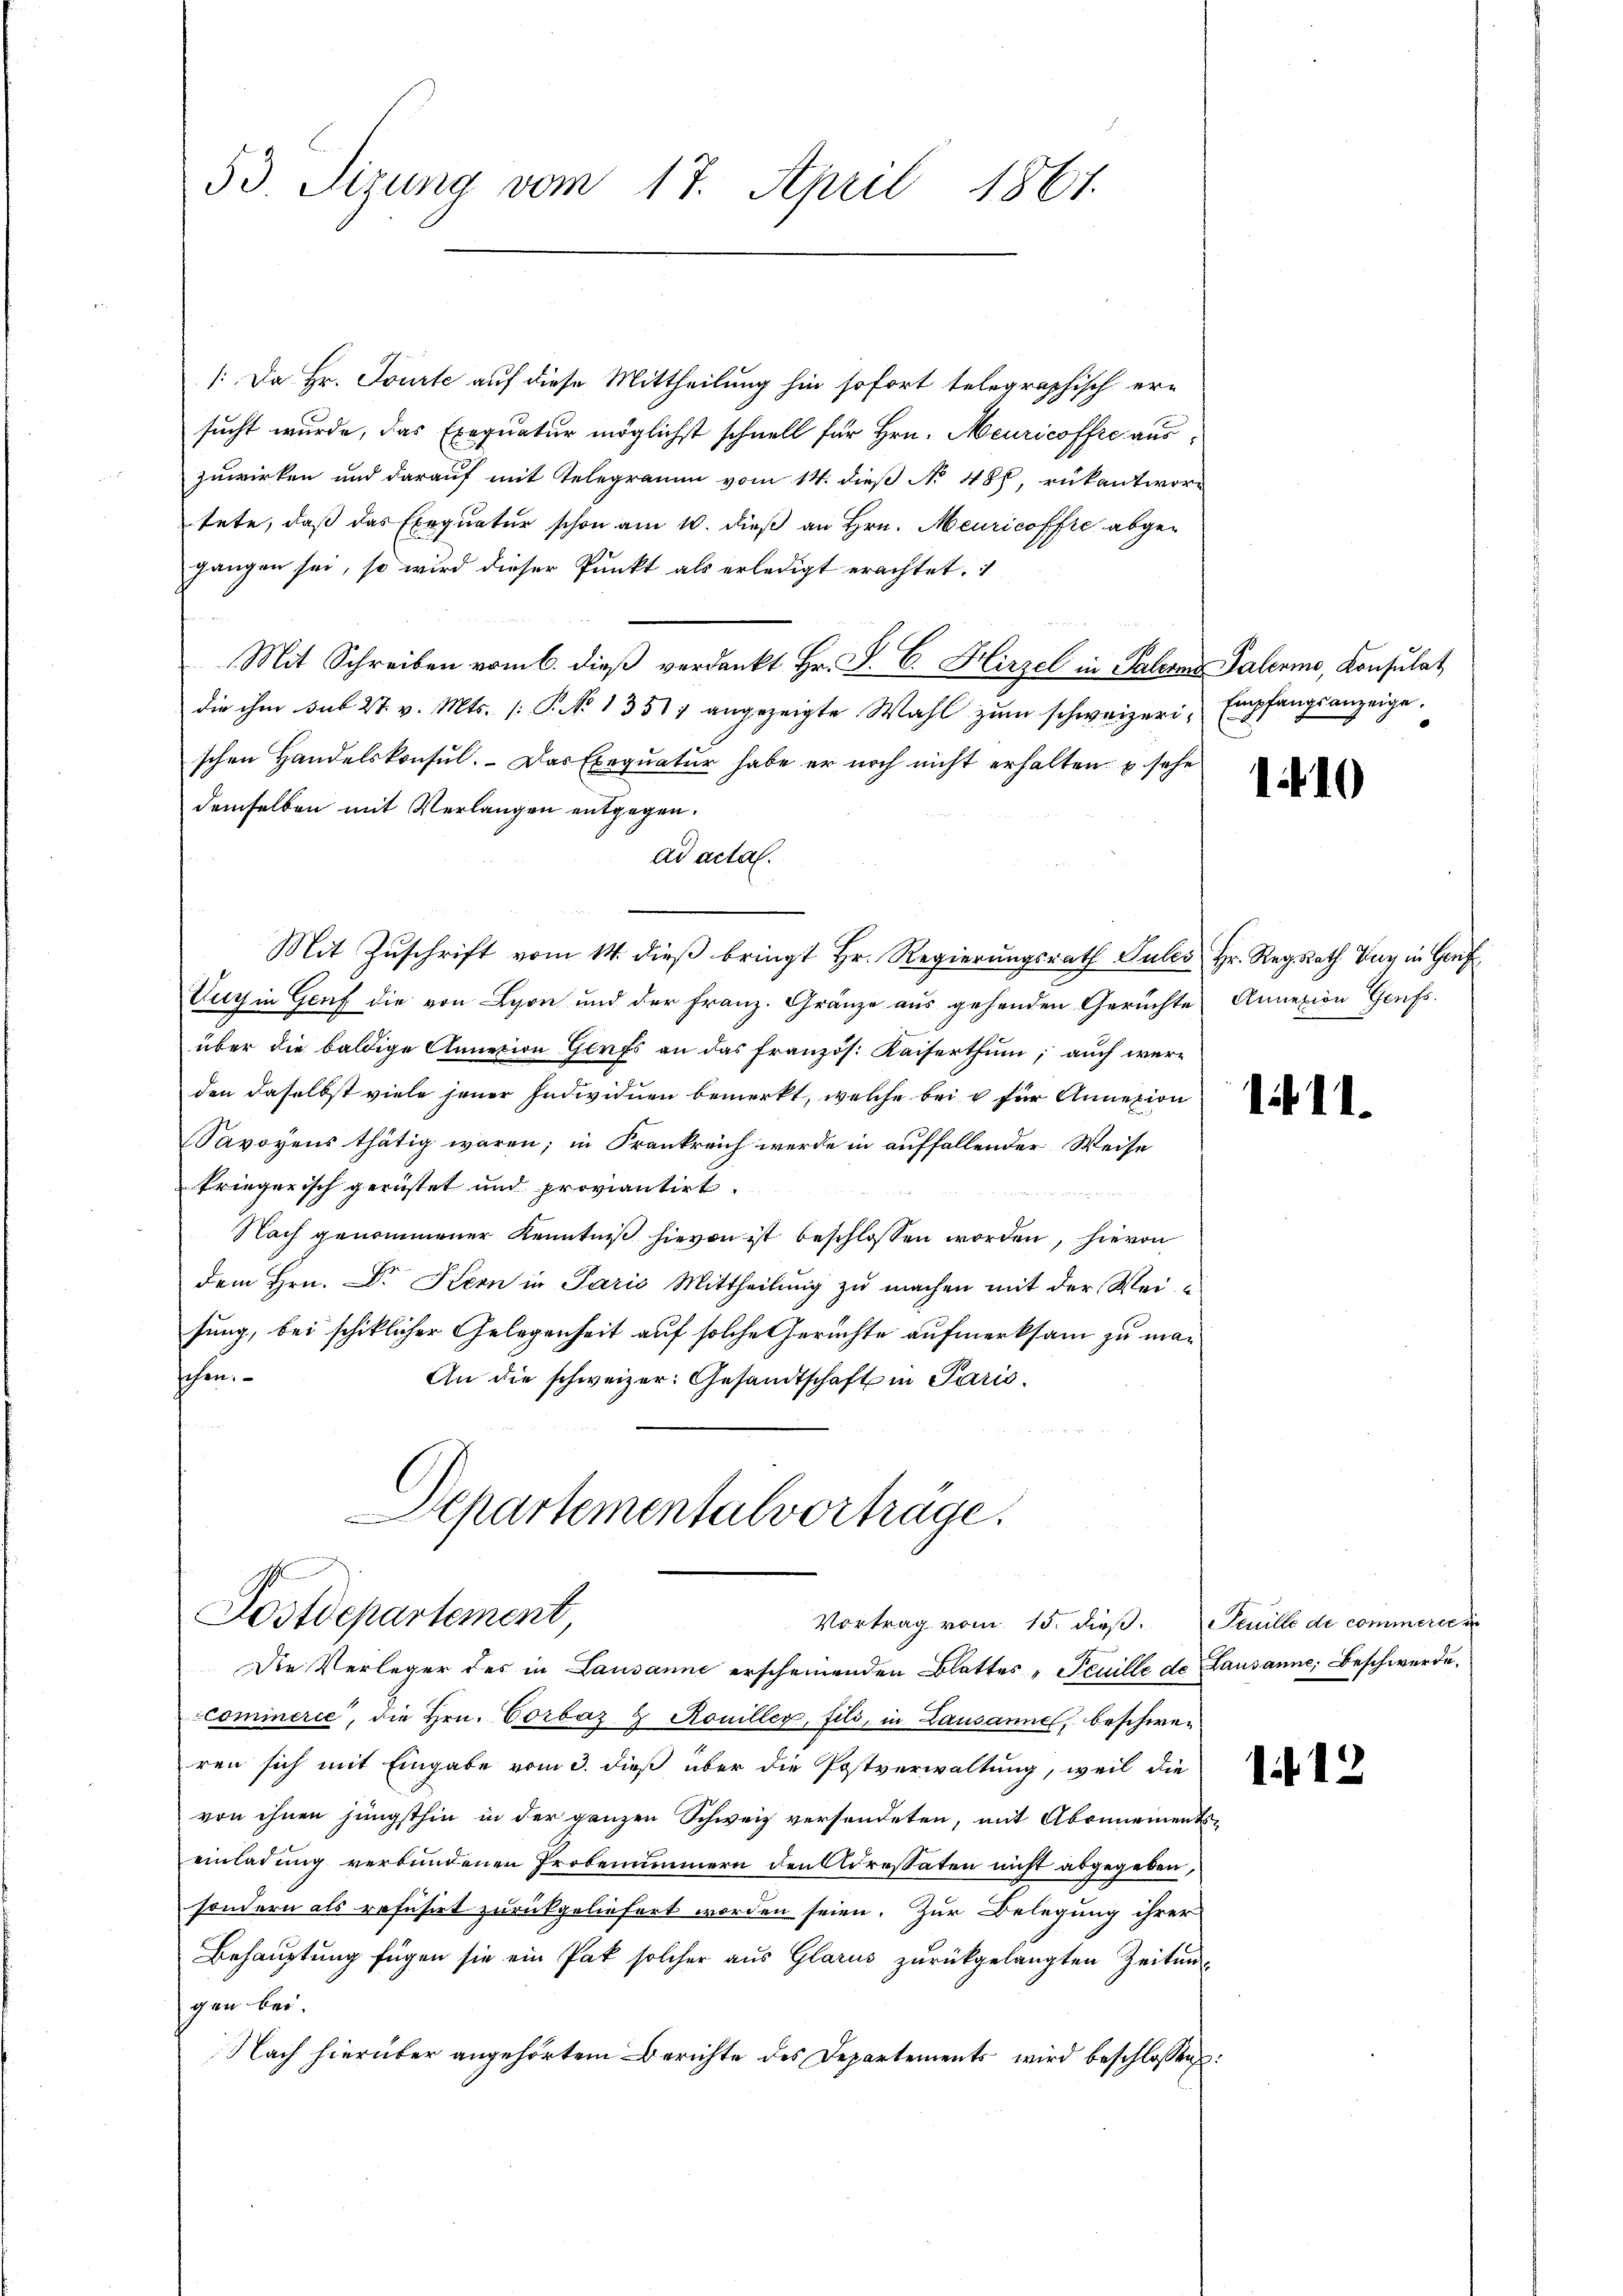
53. Sizung vom 17. April 1861.

/: Da Hr. Tourte auf diese Mittheilung hin sofort telegraphisch ersucht wurde, das Exequatur möglichst schnell für Hrn. Meuricoffre auszuwirken und darauf mit Telegramm vom 14. dieß No 480, rükantwortete, daß das Exequatur schon am 10. dieß an Hrn. Meuricoffre abgegangen sei, so wird dieser Punkt als erledigt erachtet.
Mit Schreiben vom 6. dieß verdankt Hr. P. C. Hirzel in Palern Palermo, Konsulat
die ihm sub 27. v. Mts. (: P. No 13517 angezeigte Wahl zum schweizeri-Empfangsanzeige,
schen Handelskonsul. - Das Exequatur habe er noch nicht erhalten, u. sehe
demselben mit Verlangen entgegen.
ad actal.
Mit Zuschrift vom 14. dieß bringt Hr. Regierungsrath Sules Hr. Reg. Rath Zug in Genf
Aug in Genf die von Lyon und der Franz. Gränze aus gehenden Gerüchte Annexion Genfs.
über die baldige Annation Genf an das französ. Kaiserthum; auch werden daselbst viele jener Individuen bemerkt, welche bei u für Annexion
Savoyens thätig waren; in Frankreich werde in auffallender Weise
kriegerisch gerüstet und proviantirt.
 2 Braut
Nach genommener Kenntniß hievon ist beschlossen worden, hievon
dem Hrn. Dr. Kern in Paris Mittheilŭng zŭ machen mit der Wei
sung, bei schiklicher Gelegenheit auf solche Gerichte aufmerksam zu maschen.
An die schweizer. Gesandtschaft in Paris.

Separtementalvorträge.
Postdepartement
Vortrag vom 15. dieß. Senille de commersei
Die Verleger des in Lausanne erscheinenden Blattes "Feuille de Lausanne, Beschwerde¬

cominerie, die Hrn. Corbáz & Rouiller, fils, in Lausannel, beschwer
ren sich mit Eingabe vom 3. dieß über die Postverwaltung, weil die
von ihnen jüngsthin in der ganzen Schweiz versendeten, mit Abonnements
einladung verbundenen Probenimmern den Adressaten nicht abgegeben,
sondern als refusirt zurückgeliefert worden seien. Zur Belegung ihrer
Behauptung fügen sie ein Pak solcher aus Glarus zurückgelangten Zeitungen bei.
Nach hierüber angehörtem Berichte des Departements wird beschlossen

110

1.11.

1.11.